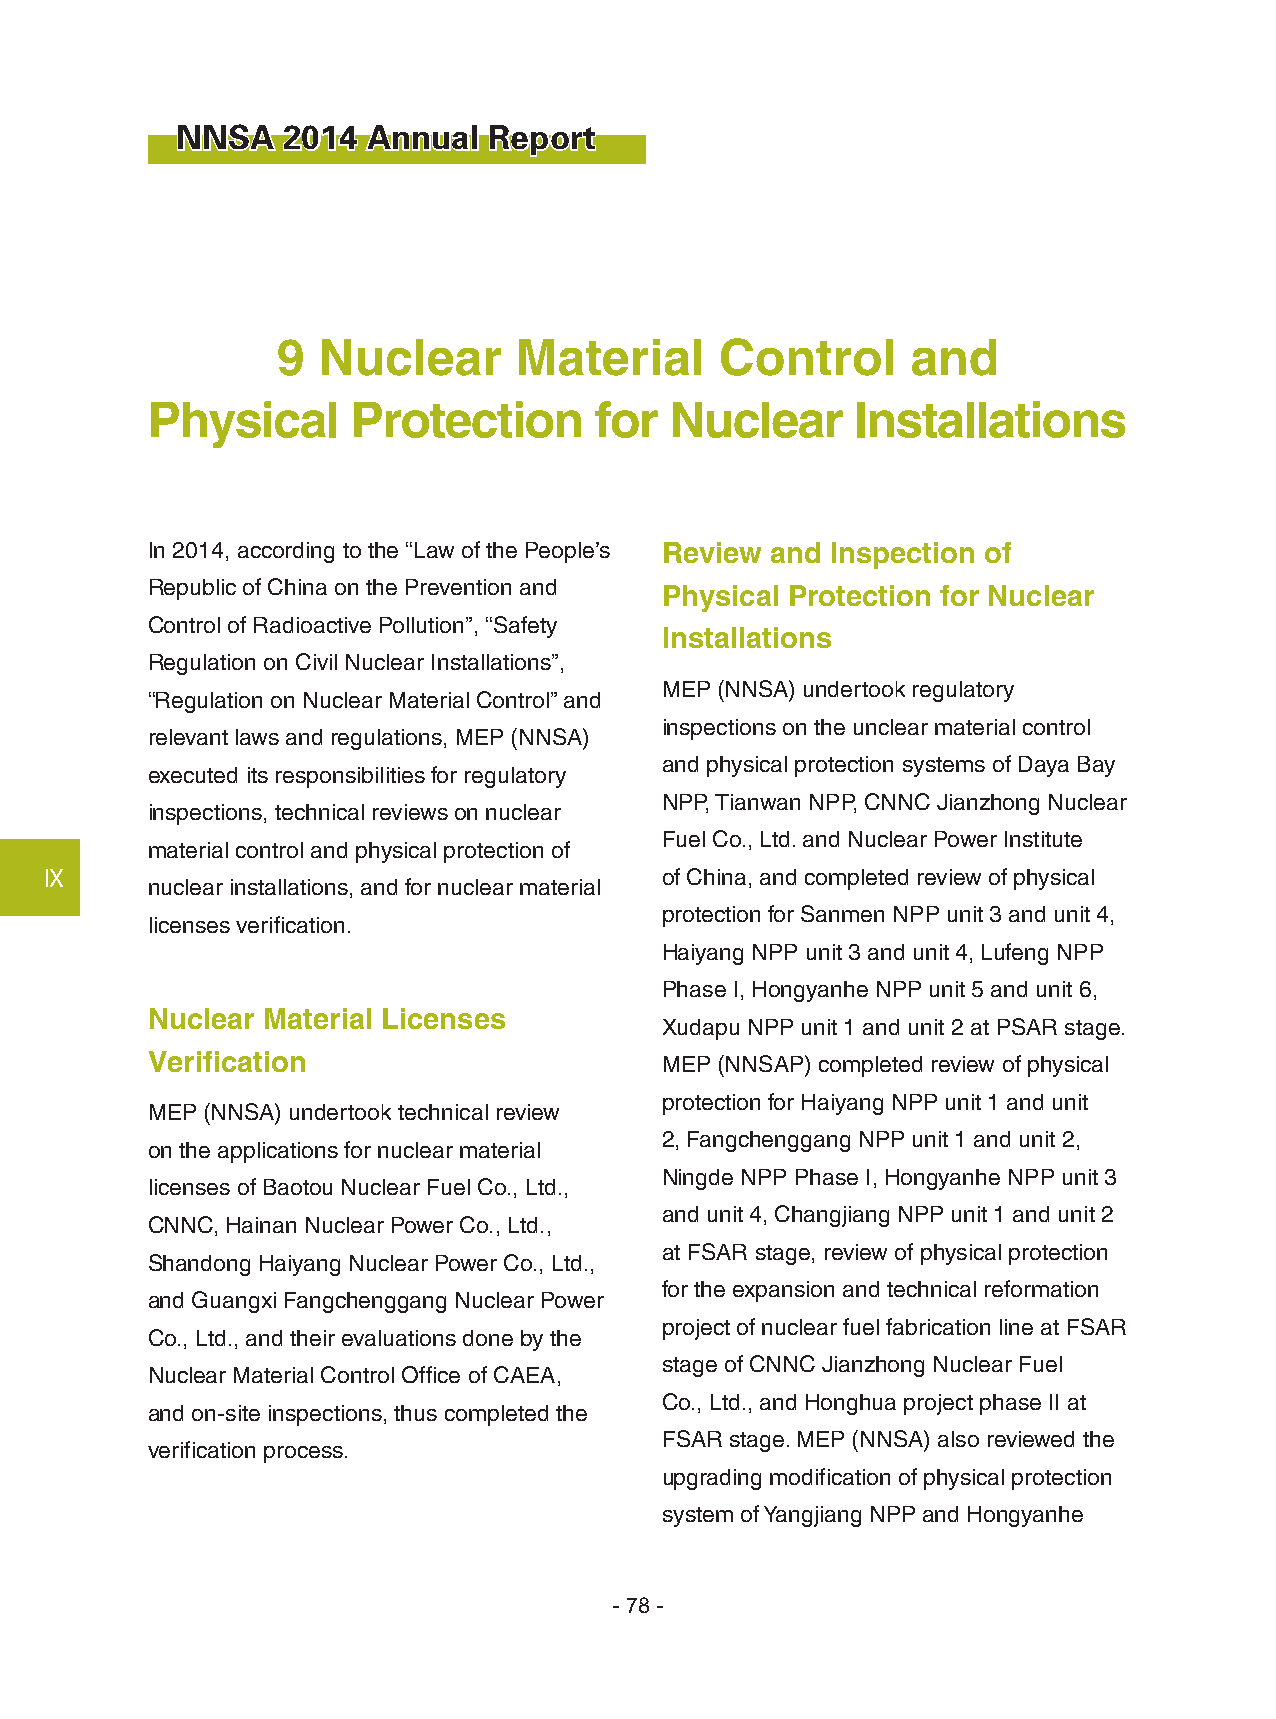
NNSA   2014 Annual  Report
 9  Nuclear      Material      Control     and
 Physical     Protection      for  Nuclear      Installations
 In 2014, according to the “Law of the People’s Review and Inspection of
 Republic of China on the Prevention and Physical Protection for Nuclear
 Control of Radioactive Pollution”, “Safety
 Installations
 Regulation on Civil Nuclear Installations”,
 MEP (NNSA) undertook regulatory
 “Regulation on Nuclear Material Control” and
 inspections on the unclear material control
 relevant laws and regulations, MEP (NNSA)
 and physical protection systems of Daya Bay
 executed its responsibilities for regulatory
 NPP, Tianwan NPP, CNNC Jianzhong Nuclear
 inspections, technical reviews on nuclear
 Fuel Co., Ltd. and Nuclear Power Institute
 material control and physical protection of
 Ⅸ                                        of China, and completed review of physical
 nuclear installations, and for nuclear material
 protection for Sanmen NPP unit 3 and unit 4,
 licenses verification.
 Haiyang NPP unit 3 and unit 4, Lufeng NPP
 Phase I, Hongyanhe NPP unit 5 and unit 6,
 Nuclear Material Licenses
 Xudapu NPP unit 1 and unit 2 at PSAR stage.
 Verification                      MEP (NNSAP) completed review of physical
 protection for Haiyang NPP unit 1 and unit
 MEP (NNSA) undertook technical review
 2, Fangchenggang NPP unit 1 and unit 2,
 on the applications for nuclear material
 Ningde NPP Phase I, Hongyanhe NPP unit 3
 licenses of Baotou Nuclear Fuel Co., Ltd.,
 and unit 4, Changjiang NPP unit 1 and unit 2
 CNNC, Hainan Nuclear Power Co., Ltd.,
 at FSAR stage, review of physical protection
 Shandong Haiyang Nuclear Power Co., Ltd.,
 for the expansion and technical reformation
 and Guangxi Fangchenggang Nuclear Power
 project of nuclear fuel fabrication line at FSAR
 Co., Ltd., and their evaluations done by the
 stage of CNNC Jianzhong Nuclear Fuel
 Nuclear Material Control Office of CAEA,
 Co., Ltd., and Honghua project phase II at
 and on-site inspections, thus completed the
 FSAR stage. MEP (NNSA) also reviewed the
 verification process.
 upgrading modification of physical protection
 system of Yangjiang NPP and Hongyanhe
 - 78 -